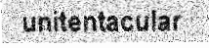
unitentacular